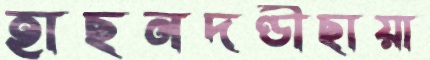
হাছনদণ্ডীছায়া